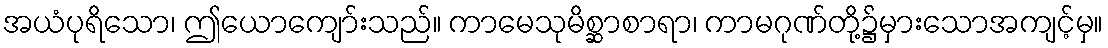
အယံပုရိသော၊ ဤယောကျော်းသည်။ ကာမေသုမိစ္ဆာစာရာ၊ ကာမဂုဏ်တို့၌မှားသောအကျင့်မှ။